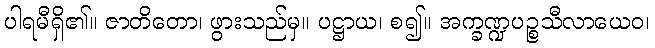
ပါရမီရှိ၏။ ဇာတိတော၊ ဖွားသည်မှ။ ပဋ္ဌာယ၊ စ၍။ အက္ခဏ္ဍပဉ္စသီလာယေဝ၊